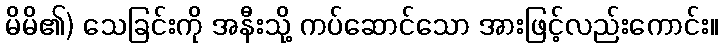
မိမိ၏) သေခြင်းကို အနီးသို့ ကပ်ဆောင်သော အားဖြင့်လည်းကောင်း။